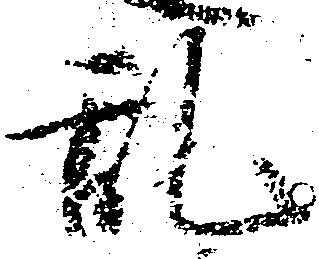
乱